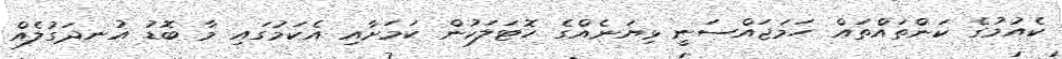
ކެއުމުގެ ކަންތައްތައް ހަމަޖައްސަނީ ޅިޔަނެއްގެ ހޮޓަލަކުން ކަމަށާއި އެކަމުގައި މާ ބޮޑު އުނދަގުލެއް